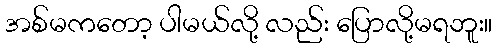
အစ်မကတော့ ပါမယ်လို့ လည်း ပြောလို့မရဘူး။